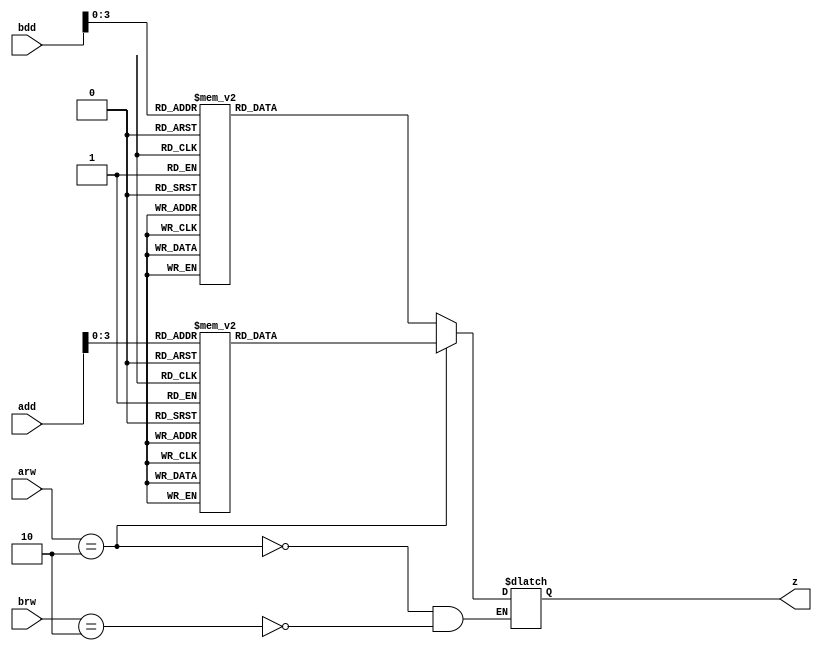
module LUT(arw, brw, add, bdd, z);
    input [4:0] add;
    input [4:0] bdd;
    input [1:0] arw;
    input [1:0] brw;
    output reg [7:0] z;

    always @(arw, brw, add, bdd) begin
      if(arw==2'b10)
        begin
        case (add[3:0])
            4'd0: z <= 8'd3;
            4'd1: z <= 8'd5;
            4'd2: z <= 8'd0;
            4'd3: z <= 8'd1;
            4'd4: z <= 8'd4;
            4'd5: z <= 8'd0;
            4'd6: z <= 8'd6;
            4'd7: z <= 8'd4;
            4'd8: z <= 8'd4;
            4'd9: z <= 8'd6;
            4'd10: z <= 8'd0;
            4'd11: z <= 8'd4;
            4'd12: z <= 8'd1;
            4'd13: z <= 8'd0;
            4'd14: z <= 8'd5;
            4'd15: z <= 8'd3;
            default: z <= 0;
        endcase
      end
    else if(brw==2'b10)
      begin
        case(bdd[3:0])
            4'b0000: z <= 8'd1;
            4'b0001: z <= 8'd3;
            4'b0010: z <= 8'd1;
            4'b0011: z <= 8'd0;
            4'b0100: z <= 8'd5;
            4'b0101: z <= 8'd0;
            4'b0110: z <= 8'd1;
            4'b0111: z <= 8'd3;
            4'b1000: z <= 8'd1;
            default: z<=0;
      endcase
    end
    end
endmodule